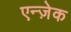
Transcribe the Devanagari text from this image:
एन्ज़ेक